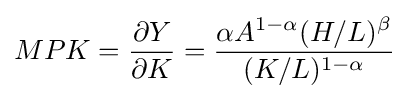
MPK={\frac {\partial Y}{\partial K}}={\frac {\alpha A^{1-\alpha }(H/L)^{\beta }}{(K/L)^{1-\alpha }}}